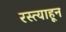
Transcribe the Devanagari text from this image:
रस्त्याहून